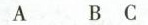
A B C